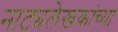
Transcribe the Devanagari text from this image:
नाट्यलेखकांच्या